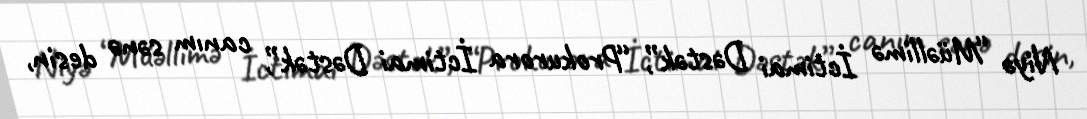
Niyə “Müəllimə İctimai Dəstək”, “Prokurora İctimai Dəstək”, canım sənə desin,